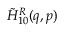
\tilde { { \cal H } } _ { 1 0 } ^ { R } ( q , p )